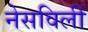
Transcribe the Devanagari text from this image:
नेसविलीं